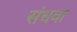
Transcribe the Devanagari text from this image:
संधवा